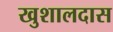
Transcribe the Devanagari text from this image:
खुशालदास